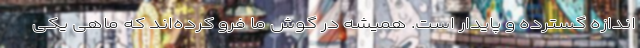
اندازه گسترده و پایدار است. همیشه در گوش ما فرو کرده‌اند که ماهی یکی